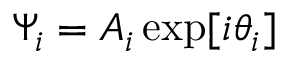
\Psi _ { i } = A _ { i } \exp [ i \theta _ { i } ]